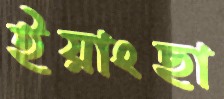
ইয়াংছা